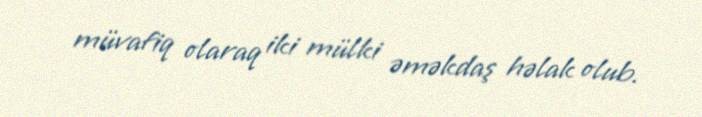
müvafiq olaraq iki mülki əməkdaş həlak olub.